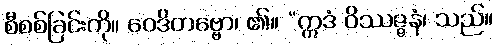
စီစစ်ခြင်းကို။ ဝေဒိတဗ္ဗော၊ ၏။ “ဣဒံ ဝိဿဇ္ဇနံ၊ သည်။